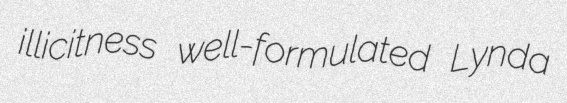
illicitness well-formulated Lynda